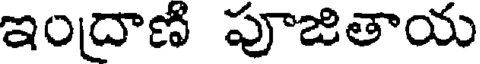
ఇందాణి పూజితాయ